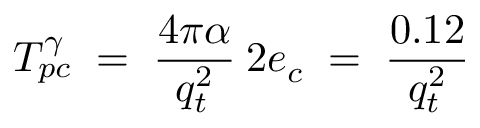
T _ { p c } ^ { \gamma } \; = \; \frac { 4 \pi \alpha } { q _ { t } ^ { 2 } } \: 2 e _ { c } \; = \; \frac { 0 . 1 2 } { q _ { t } ^ { 2 } }